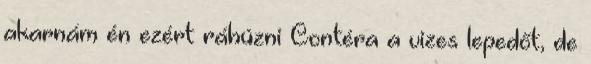
akarnám én ezért ráhúzni Contéra a vizes lepedőt, de